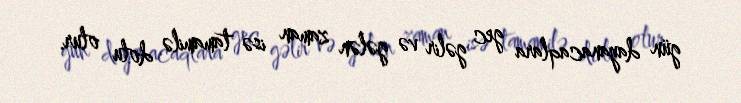
gün dayanacaqlara gec gəlir və gələn zaman isə tamamilə dolu olur.